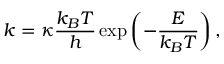
k = \kappa \frac { k _ { B } T } { h } \exp \left( - \frac { E } { k _ { B } T } \right) ,